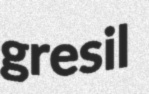
gresil